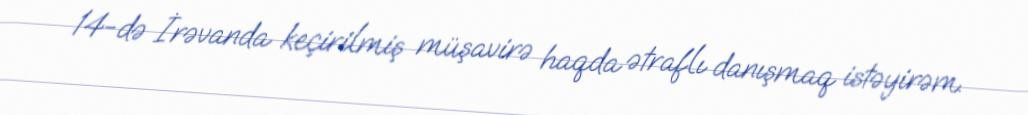
14-də İrəvanda keçirilmiş müşavirə haqda ətraflı danışmaq istəyirəm.